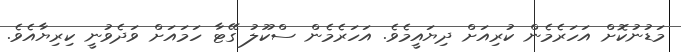
މަޑުނުކޮށް އަހަރެމެން ކުރިއަށް ދިޔައީމެވެ. އަހަރެމެން ސްކޫލު ގޭޓާ ހަމައަށް ވަދެވުނީ ކިރިޔާއެވެ.